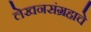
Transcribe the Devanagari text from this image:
लेखनसंग्रहाचे